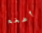
أضخم